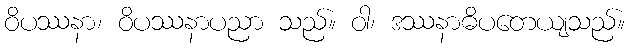
ဝိပဿနာ၊ ဝိပဿနာပညာ သည်။ ဝါ၊ ဒဿနာဓိပတေယျသည်။